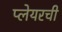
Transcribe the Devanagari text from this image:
प्लेयरची